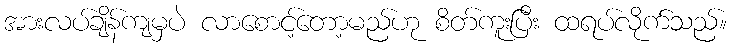
အားလပ်ချိန်ကျမှပဲ လာစောင့်တော့မည်ဟု စိတ်ကူးပြီး ထရပ်လိုက်သည်။